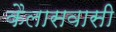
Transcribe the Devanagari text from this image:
कैलासवासी